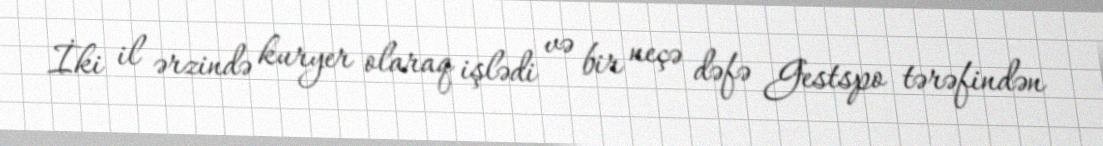
İki il ərzində kuryer olaraq işlədi və bir neçə dəfə Gestspo tərəfindən